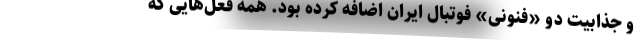
و جذابیت دو «فنونی» فوتبال ایران اضافه کرده بود. همه فعل‌هایی که